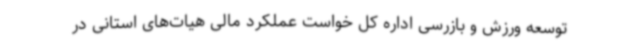
توسعه ورزش و بازرسی اداره کل خواست عملکرد مالی هیات‌های استانی در